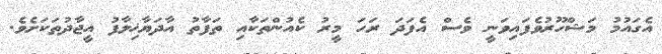
އެގައުމު މަޝްހޫރުވެފައިވަނީ ވެސް އެފަދަ ރަހަ މީރު ކެއުންތަކާއި ތަފާތު އާދަޔާޚިލާފު އީޖާދުތަކަށެވެ.